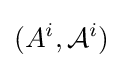
(A^{i},{\mathcal {A}}^{i})